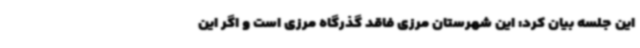
این جلسه بیان کرد: این شهرستان مرزی فاقد گذرگاه مرزی است و اگر این